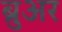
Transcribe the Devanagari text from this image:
ब्रुअर